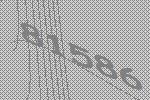
81586